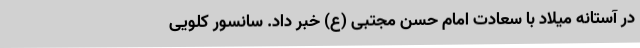
در آستانه میلاد با سعادت امام حسن مجتبی (ع) خبر داد. سانسور کلویی